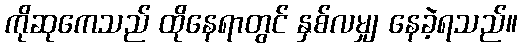
ကိုဆုကေသည် ထိုနေရာတွင် နှစ်လမျှ နေခဲ့ရသည်။